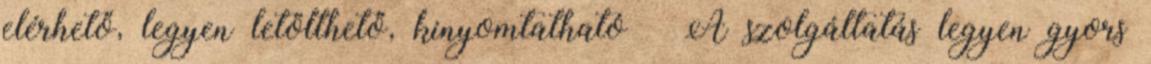
elérhető, legyen letölthető, kinyomtatható  A szolgáltatás legyen gyors